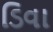
ડિવા